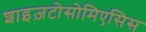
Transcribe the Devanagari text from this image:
शाइज़टोसोमिएसिस